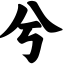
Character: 兮